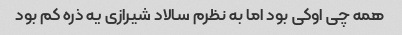
همه چی اوکی بود اما به نظرم سالاد شیرازی یه ذره کم بود